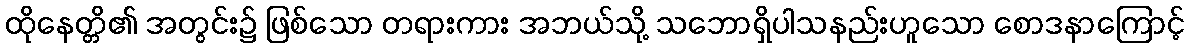
ထိုနေတ္တိ၏ အတွင်း၌ ဖြစ်သော တရားကား အဘယ်သို့ သဘောရှိပါသနည်းဟူသော စောဒနာကြောင့်